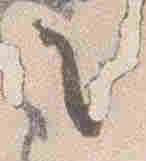
之